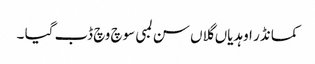
کمانڈر اوہدیاں گلاں سن لمبی سوچ وچ ڈب گیا ۔